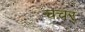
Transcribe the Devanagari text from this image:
चचर्